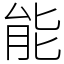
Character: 能